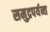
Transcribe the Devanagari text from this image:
समुद्रपर्यन्त